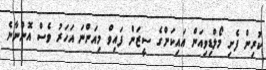
ކުރިން ފެށި މޯލްޑިވިއަން އައިކަންގެ ސީޒަން ފައިވް މިއަންނަ އަހަރު ވެސް އޮންނާނެ